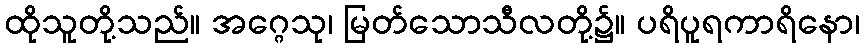
ထိုသူတို့သည်။ အဂ္ဂေသု၊ မြတ်သောသီလတို့၌။ ပရိပူရကာရိနော၊